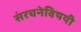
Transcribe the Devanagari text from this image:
संरचनेविषयी